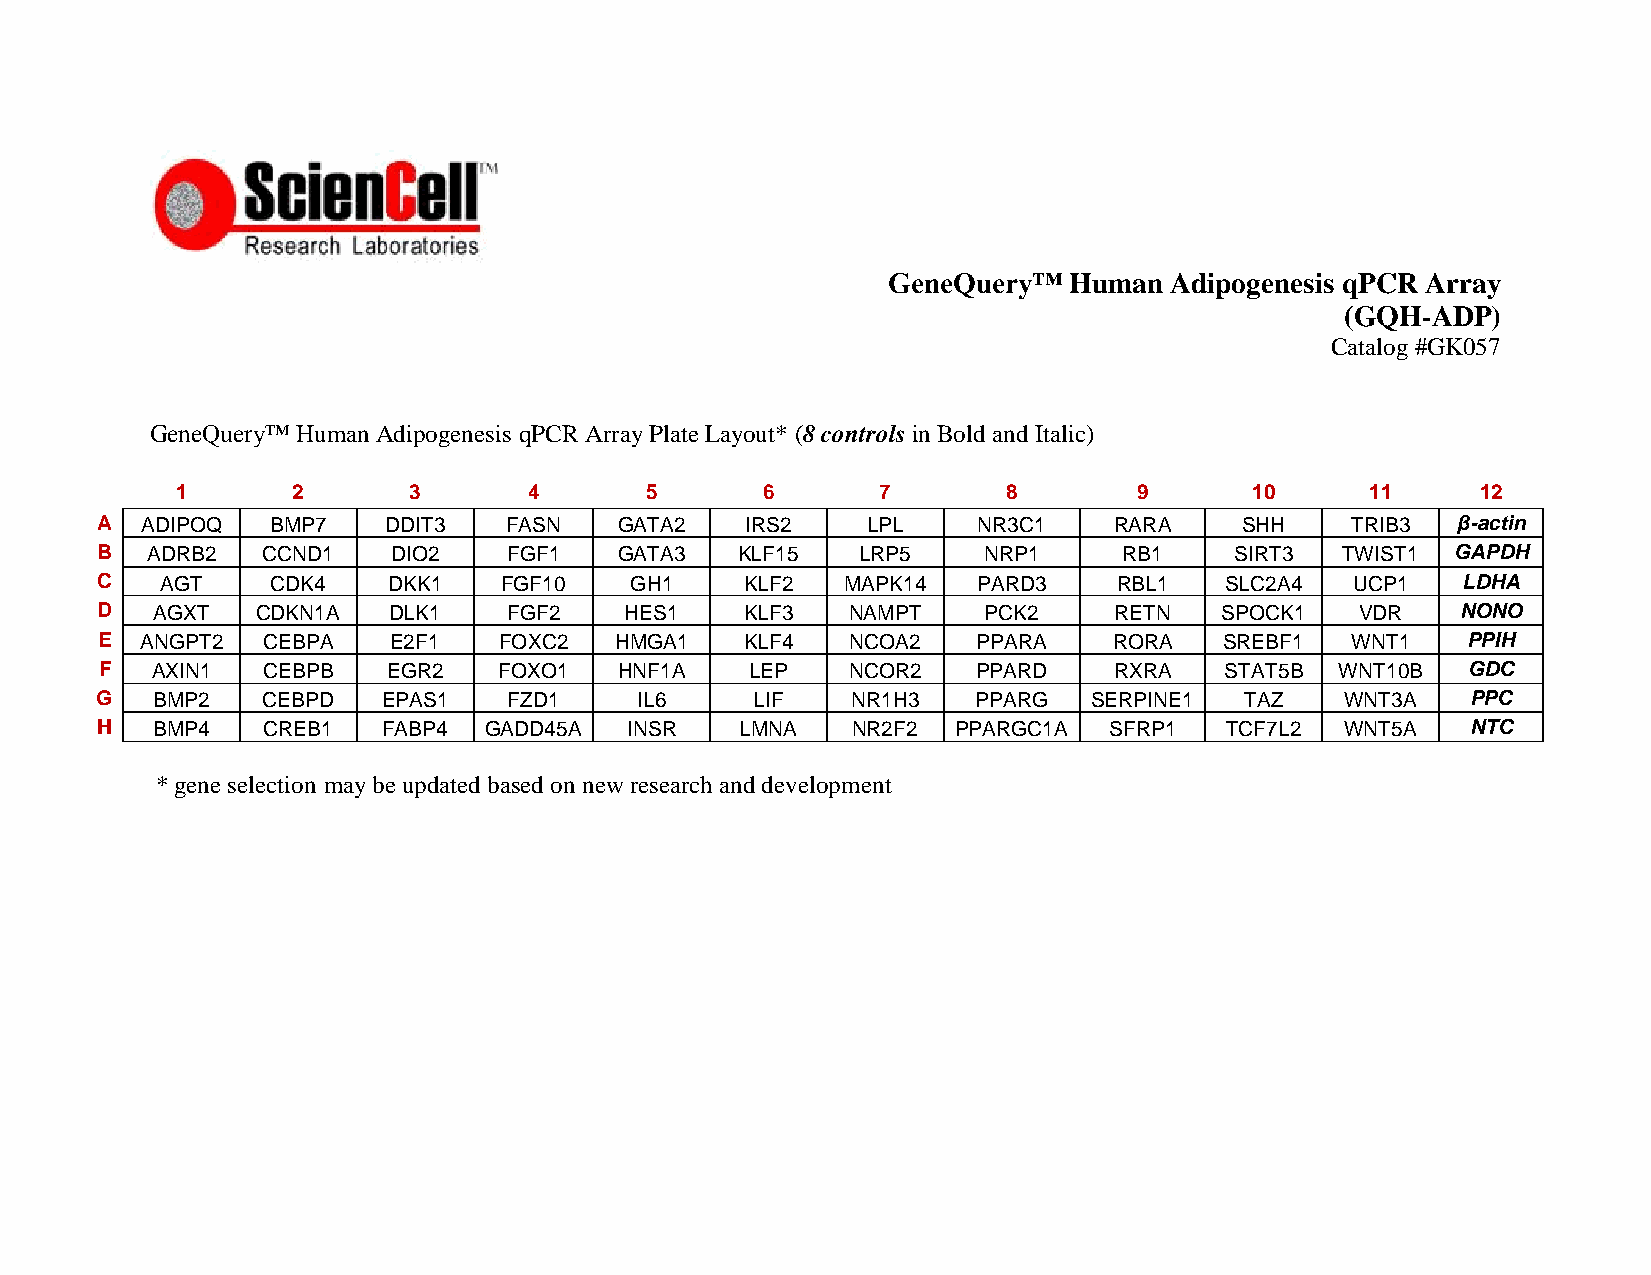
GeneQuery™  Human Adipogenesis qPCR Array
 (GQH-ADP)
 Catalog #GK057
 GeneQuery™ Human Adipogenesis qPCR Array Plate Layout* (8 controls in Bold and Italic)
 1      2       3       4       5      6       7        8       9       10      11     12
 A  ADIPOQ   BMP7   DDIT3   FASN    GATA2   IRS2    LPL     NR3C1    RARA    SHH    TRIB3  β-actin
 B   ADRB2  CCND1    DIO2    FGF1   GATA3   KLF15   LRP5    NRP1     RB1     SIRT3  TWIST1 GAPDH
 C    AGT    CDK4    DKK1   FGF10    GH1    KLF2   MAPK14   PARD3    RBL1   SLC2A4   UCP1   LDHA
 D   AGXT   CDKN1A   DLK1    FGF2   HES1    KLF3   NAMPT    PCK2     RETN   SPOCK1   VDR    NONO
 E  ANGPT2  CEBPA    E2F1   FOXC2   HMGA1   KLF4   NCOA2    PPARA    RORA   SREBF1  WNT1    PPIH
 F  AXIN1  CEBPB    EGR2   FOXO1   HNF1A    LEP   NCOR2    PPARD    RXRA   STAT5B  WNT10B  GDC
 G   BMP2   CEBPD   EPAS1    FZD1    IL6     LIF   NR1H3    PPARG  SERPINE1  TAZ    WNT3A   PPC
 H   BMP4   CREB1   FABP4  GADD45A  INSR    LMNA   NR2F2  PPARGC1A  SFRP1   TCF7L2  WNT5A   NTC
 * gene selection may be updated based on new research and development